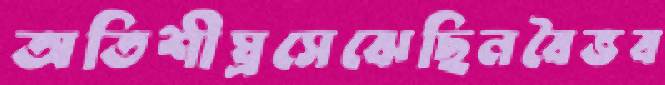
অতিশীঘ্রসেঝেছিনবৈভব